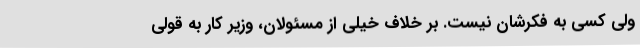
ولی کسی به فکرشان نیست. بر خلاف خیلی از مسئولان، وزیر کار به قولی